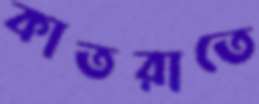
কাতরাতে